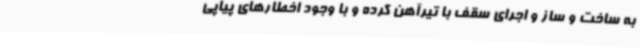
به ساخت و ساز و اجرای سقف با تیرآهن کرده و با وجود اخطارهای پیاپی